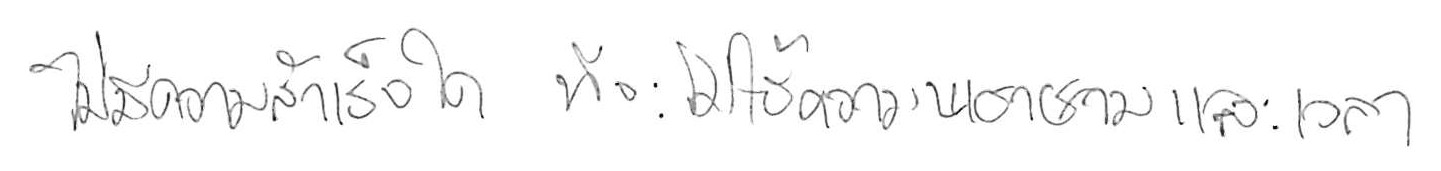
ไม่มีความสำเร็จใด ที่จะไม่ใช้ความพยายามและเวลา